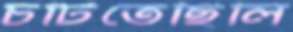
চটিতেছিলি